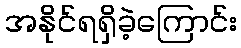
အနိုင်ရရှိခဲ့ကြောင်း